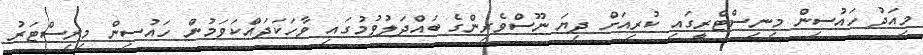
މިއަދު ހައުސިން މިނިސްޓްރީގައި ކުރިއަށް ދިޔަ ނޫސްވެރިންގެ ބައްދަލުވުމުގައި ވާހަކަދައްކަވަމުން ހައުސިން މިނިސްޓަރު